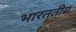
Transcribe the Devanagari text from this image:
भारततीय